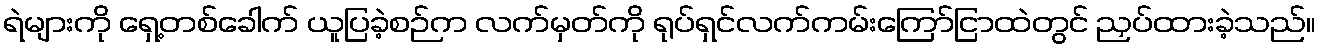
ရဲများကို ရှေ့တစ်ခေါက် ယူပြခဲ့စဉ်က လက်မှတ်ကို ရုပ်ရှင်လက်ကမ်းကြော်ငြာထဲတွင် ညှပ်ထားခဲ့သည်။